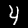
Digit: 4